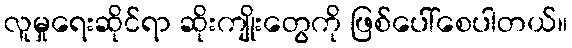
လူမှုရေးဆိုင်ရာ ဆိုးကျိုးတွေကို ဖြစ်ပေါ်စေပါတယ်။